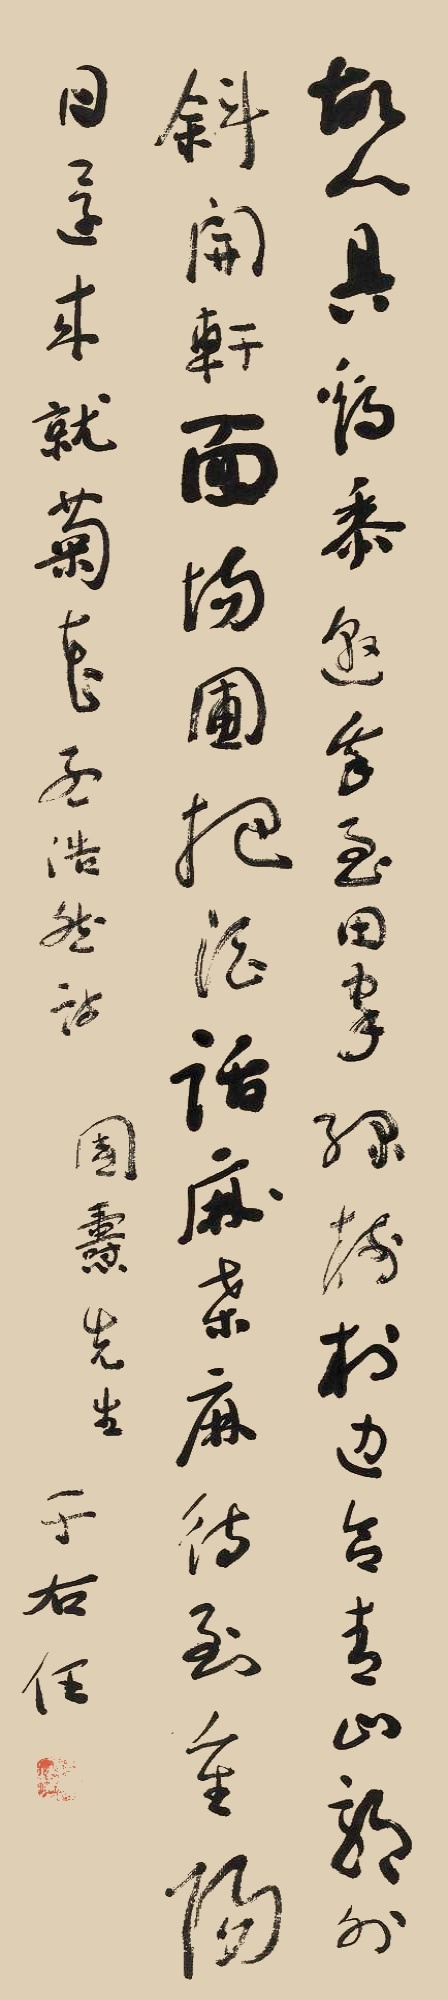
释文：故人具鸡黍，邀我至田家。绿树村边合，青山郭外斜。开轩面场圃，把酒话桑麻。待到重阳日，还来就菊花。孟浩然诗。国焘先生。于右任。